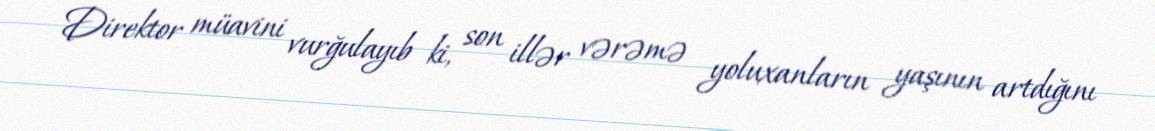
Direktor müavini vurğulayıb ki, son illər vərəmə yoluxanların yaşının artdığını